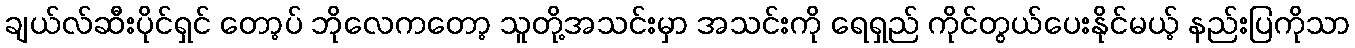
ချယ်လ်ဆီးပိုင်ရှင် တော့ပ် ဘိုလေကတော့ သူတို့အသင်းမှာ အသင်းကို ရေရှည် ကိုင်တွယ်ပေးနိုင်မယ့် နည်းပြကိုသာ